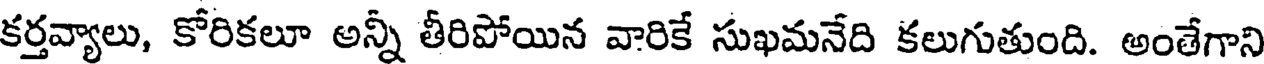
కర్తవ్యాలు, కోరికలూ అన్నీ తీరిపోయిన వారికే సుఖమనేది కలుగుతుంది. అంతేగాని